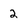
Character: 2